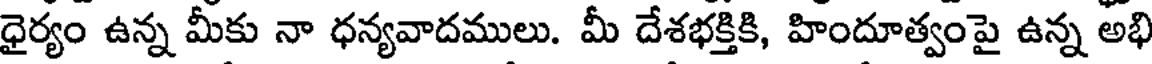
ధైర్యం ఉన్న మీకు నా ధన్యవాదములు. మీ దేశభక్తికి, హిందూత్వంపై ఉన్న అభి